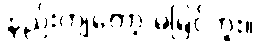
နည်းကျတော့ မမြင်ဘူး။